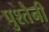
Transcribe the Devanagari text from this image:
पुश्‍तैनी